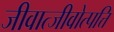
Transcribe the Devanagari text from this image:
जीवात्जीवोत्पत्ति